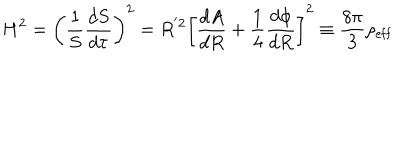
H ^ { 2 } = \left( \frac { 1 } { S } \frac { d S } { d \tau } \right) ^ { 2 } = R ^ { ' 2 } \left[ \frac { d A } { d R } + \frac { 1 } { 4 } \frac { d \phi } { d R } \right] ^ { 2 } \equiv \frac { 8 \pi } { 3 } \rho _ { \mathrm { e f f } }